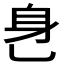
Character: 𬼧